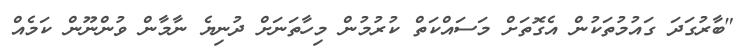
"ބާރުގަދަ ގައުމުތަކުން އެގޮތަށް މަސައްކަތް ކުރުމުން މިހާތަނަށް ދުނިޔެ ނާމާން ވުންނޫން ކަމެއް